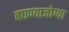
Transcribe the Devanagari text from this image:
बघण्याजोग्या